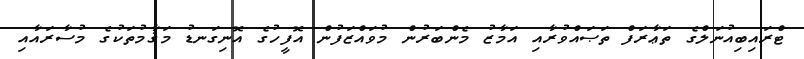
ޓްރައިބިއުނަލްގެ ތަޢާރަފް ތަޞައްވުރާއި އަމާޒު މެންބަރުން މުވައްޒަފުން އޮފީހުގެ އޮނިގަނޑު މަޤާމުތަކުގެ މުސާރައާއި